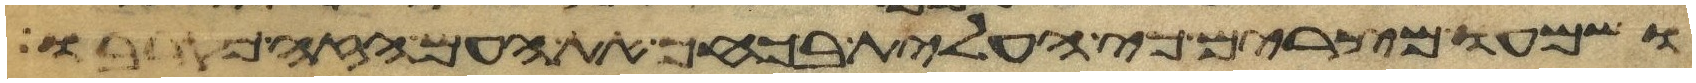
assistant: ושמעו מצרים כי העלית בכחך את העם הזה מקרבו